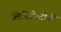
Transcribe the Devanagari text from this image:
लिपिडोस्ट्रोफी